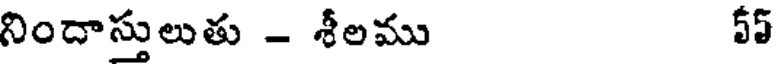
నిందాస్తులుతు - శీలము 55